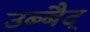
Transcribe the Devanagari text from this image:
उब्बैद्